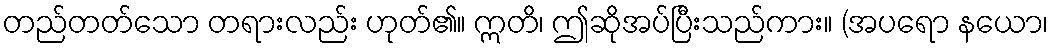
တည်တတ်သော တရားလည်း ဟုတ်၏။ ဣတိ၊ ဤဆိုအပ်ပြီးသည်ကား။ (အပရော နယော၊